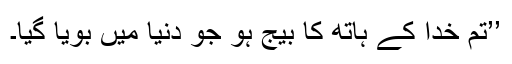
’’تم خدا کے ہاتھ کا بیج ہو جو دنیا میں بویا گیا۔